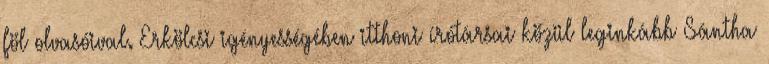
föl olvasóival. Erkölcsi igényességében itthoni írótársai közül leginkább Sántha